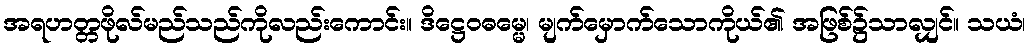
အရဟတ္တဖိုလ်မည်သည်ကိုလည်းကောင်း။ ဒိဋ္ဌေဝဓမ္မေ၊ မျက်မှောက်သောကိုယ်၏ အဖြစ်၌သာလျှင်။ သယံ၊